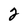
Character: 2